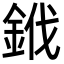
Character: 䤦